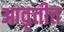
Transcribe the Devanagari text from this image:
आवृतीत